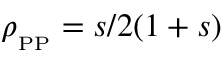
\rho _ { _ { \mathrm { P P } } } = { s } / { 2 ( 1 + s ) }